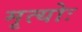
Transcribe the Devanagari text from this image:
मृत्योः